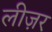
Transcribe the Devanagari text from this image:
लीज़र